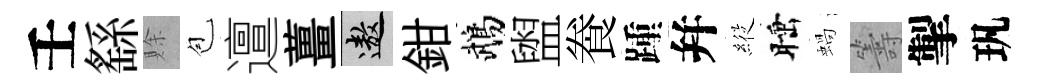
壬繇賖苞邅薑遨鉗鵡盥飬踵幷𦂵睡蝸籌掣㺬